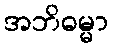
အဘိဓမ္မာ